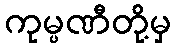
ကုမ္ပဏီတို့မှ